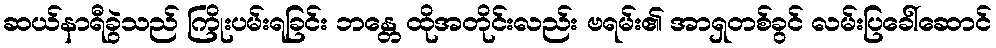
ဆယ်နာရီခွဲသည် ကြိုးပမ်းရခြင်း ဘန္တေ ထိုအတိုင်းလည်း ဗရမ်း၏ အာရှတစ်ခွင် လမ်းပြခေါ်ဆောင်